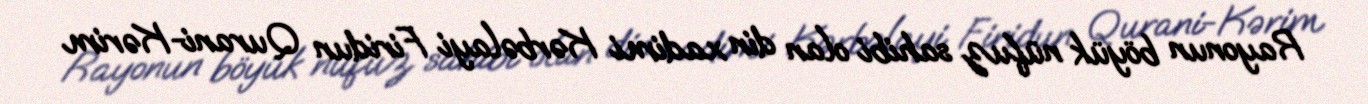
Rayonun böyük nüfuz sahibi olan din xadimi Kərbəlayi Firidun Qurani-Kərim